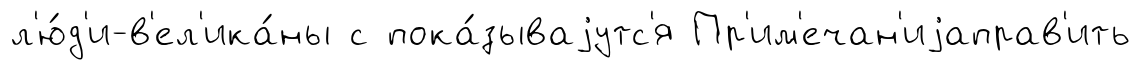
л'ю́д'и-в'ел'ика́ны с пока́зываjутс'я Пр'им'ечан'иjаправ'ить